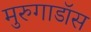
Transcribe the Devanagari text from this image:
मुरुगाडॉस